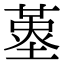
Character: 𡏳